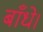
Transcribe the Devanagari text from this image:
बाँधे।